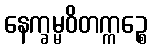
နေက္ခမ္မဝိတက္ကဉ္စေ